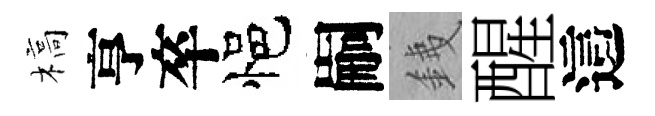
槁亨卒悒嗣銕醒這